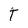
Character: t